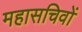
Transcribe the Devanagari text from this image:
महासचिवों